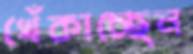
খেঁকাচ্ছেন